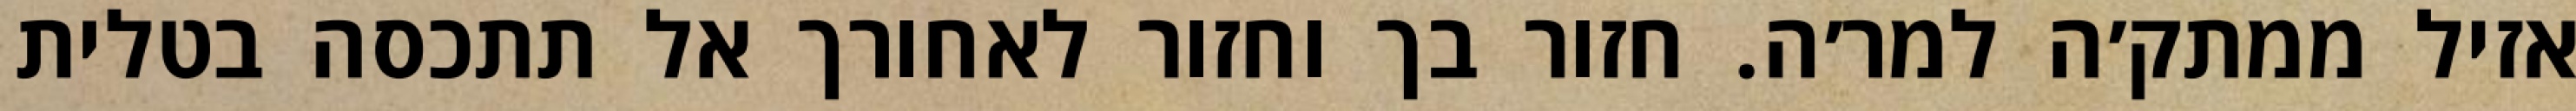
אזיל ממתק׳ה למר׳ה. חזור בך וחזור לאחורך אל תתכסה בטלית